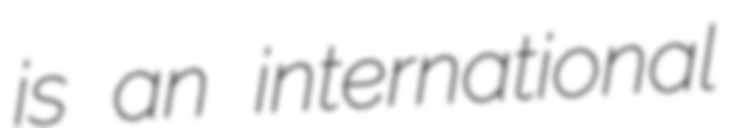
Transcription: is an international